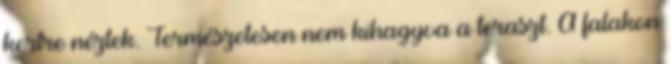
kertre néztek. Természetesen nem kihagyva a teraszt. A falakon